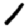
Digit: 1